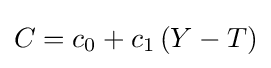
C=c_{0}+c_{1}\left(Y-T\right)